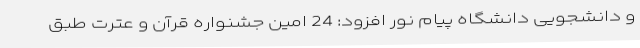
و دانشجویی دانشگاه پیام نور افزود: 24 امین جشنواره قرآن و عترت طبق